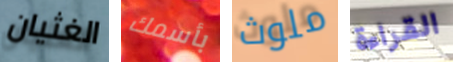
الغثيان بأسمك ملوث القراءة